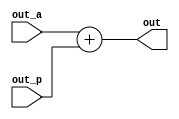
module adder(

input[14:0] out_a,
input[14:0] out_p,
output reg[14:0] out

);


always@(*) begin

out = out_a + out_p;

end




endmodule